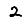
Digit: 2